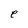
Character: e